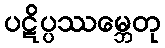
ပဋိပ္ပဿမ္ဘေတု